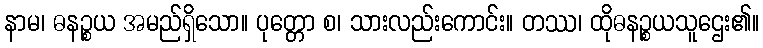
နာမ၊ ဓနဉ္စယ အမည်ရှိသော။ ပုတ္တော စ၊ သားလည်းကောင်း။ တဿ၊ ထိုဓနဉ္စယသူဌေး၏။